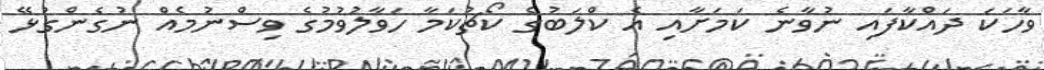
ވާހަކަ ދައްކާފައި ނުވާނެ ކަމަށާއި އެ ކްލަބުގެ ކޯޗުކަމާ ހަވާލުވުމުގެ ވިސްނުމެއް ނުގެންގުޅޭ